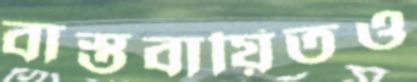
বাস্তবায়িতও